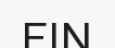
FIN